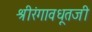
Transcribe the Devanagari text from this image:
श्रीरंगावधूतजी